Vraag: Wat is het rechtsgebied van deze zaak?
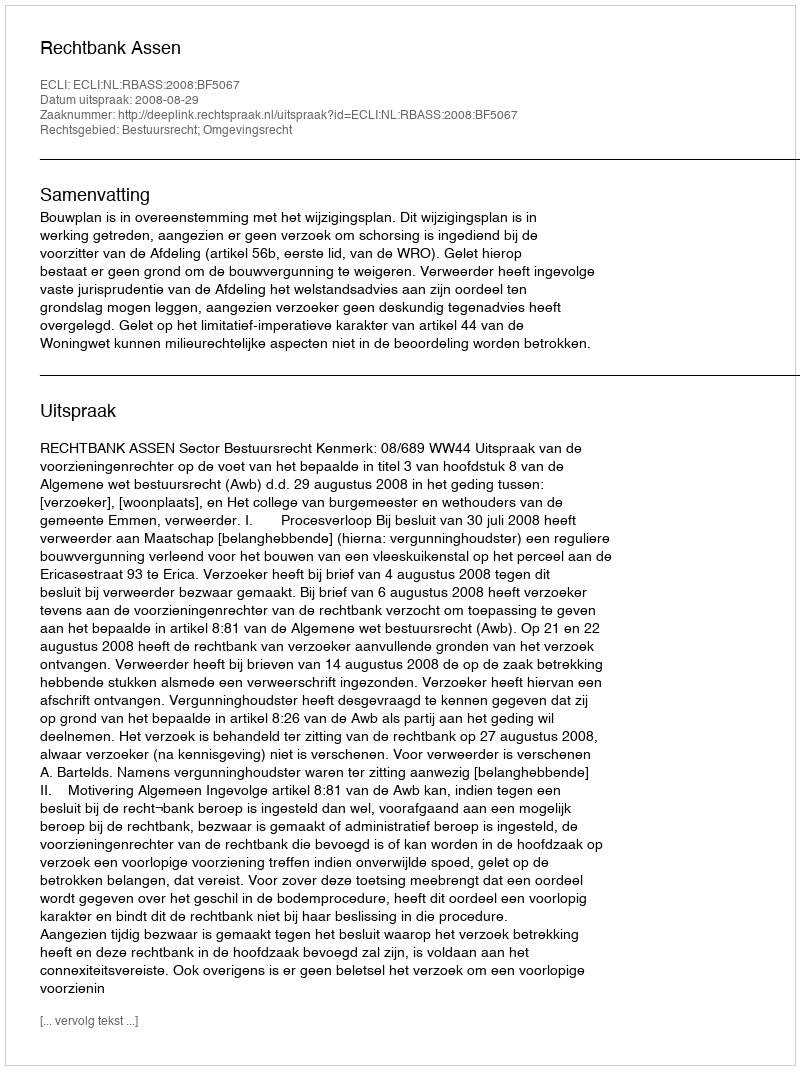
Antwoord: Bestuursrecht; Omgevingsrecht